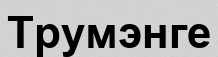
Трумэнге